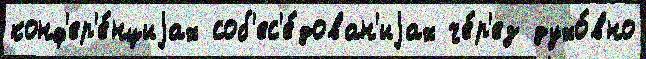
конф'ер'е́нциjах соб'ес'е́дован'иjах че́р'ез духо́вно